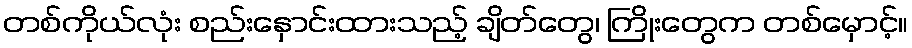
တစ်ကိုယ်လုံး စည်းနှောင်းထားသည့် ချိတ်တွေ၊ ကြိုးတွေက တစ်မှောင့်။